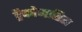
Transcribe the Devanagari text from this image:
ट्रैकोमातिस